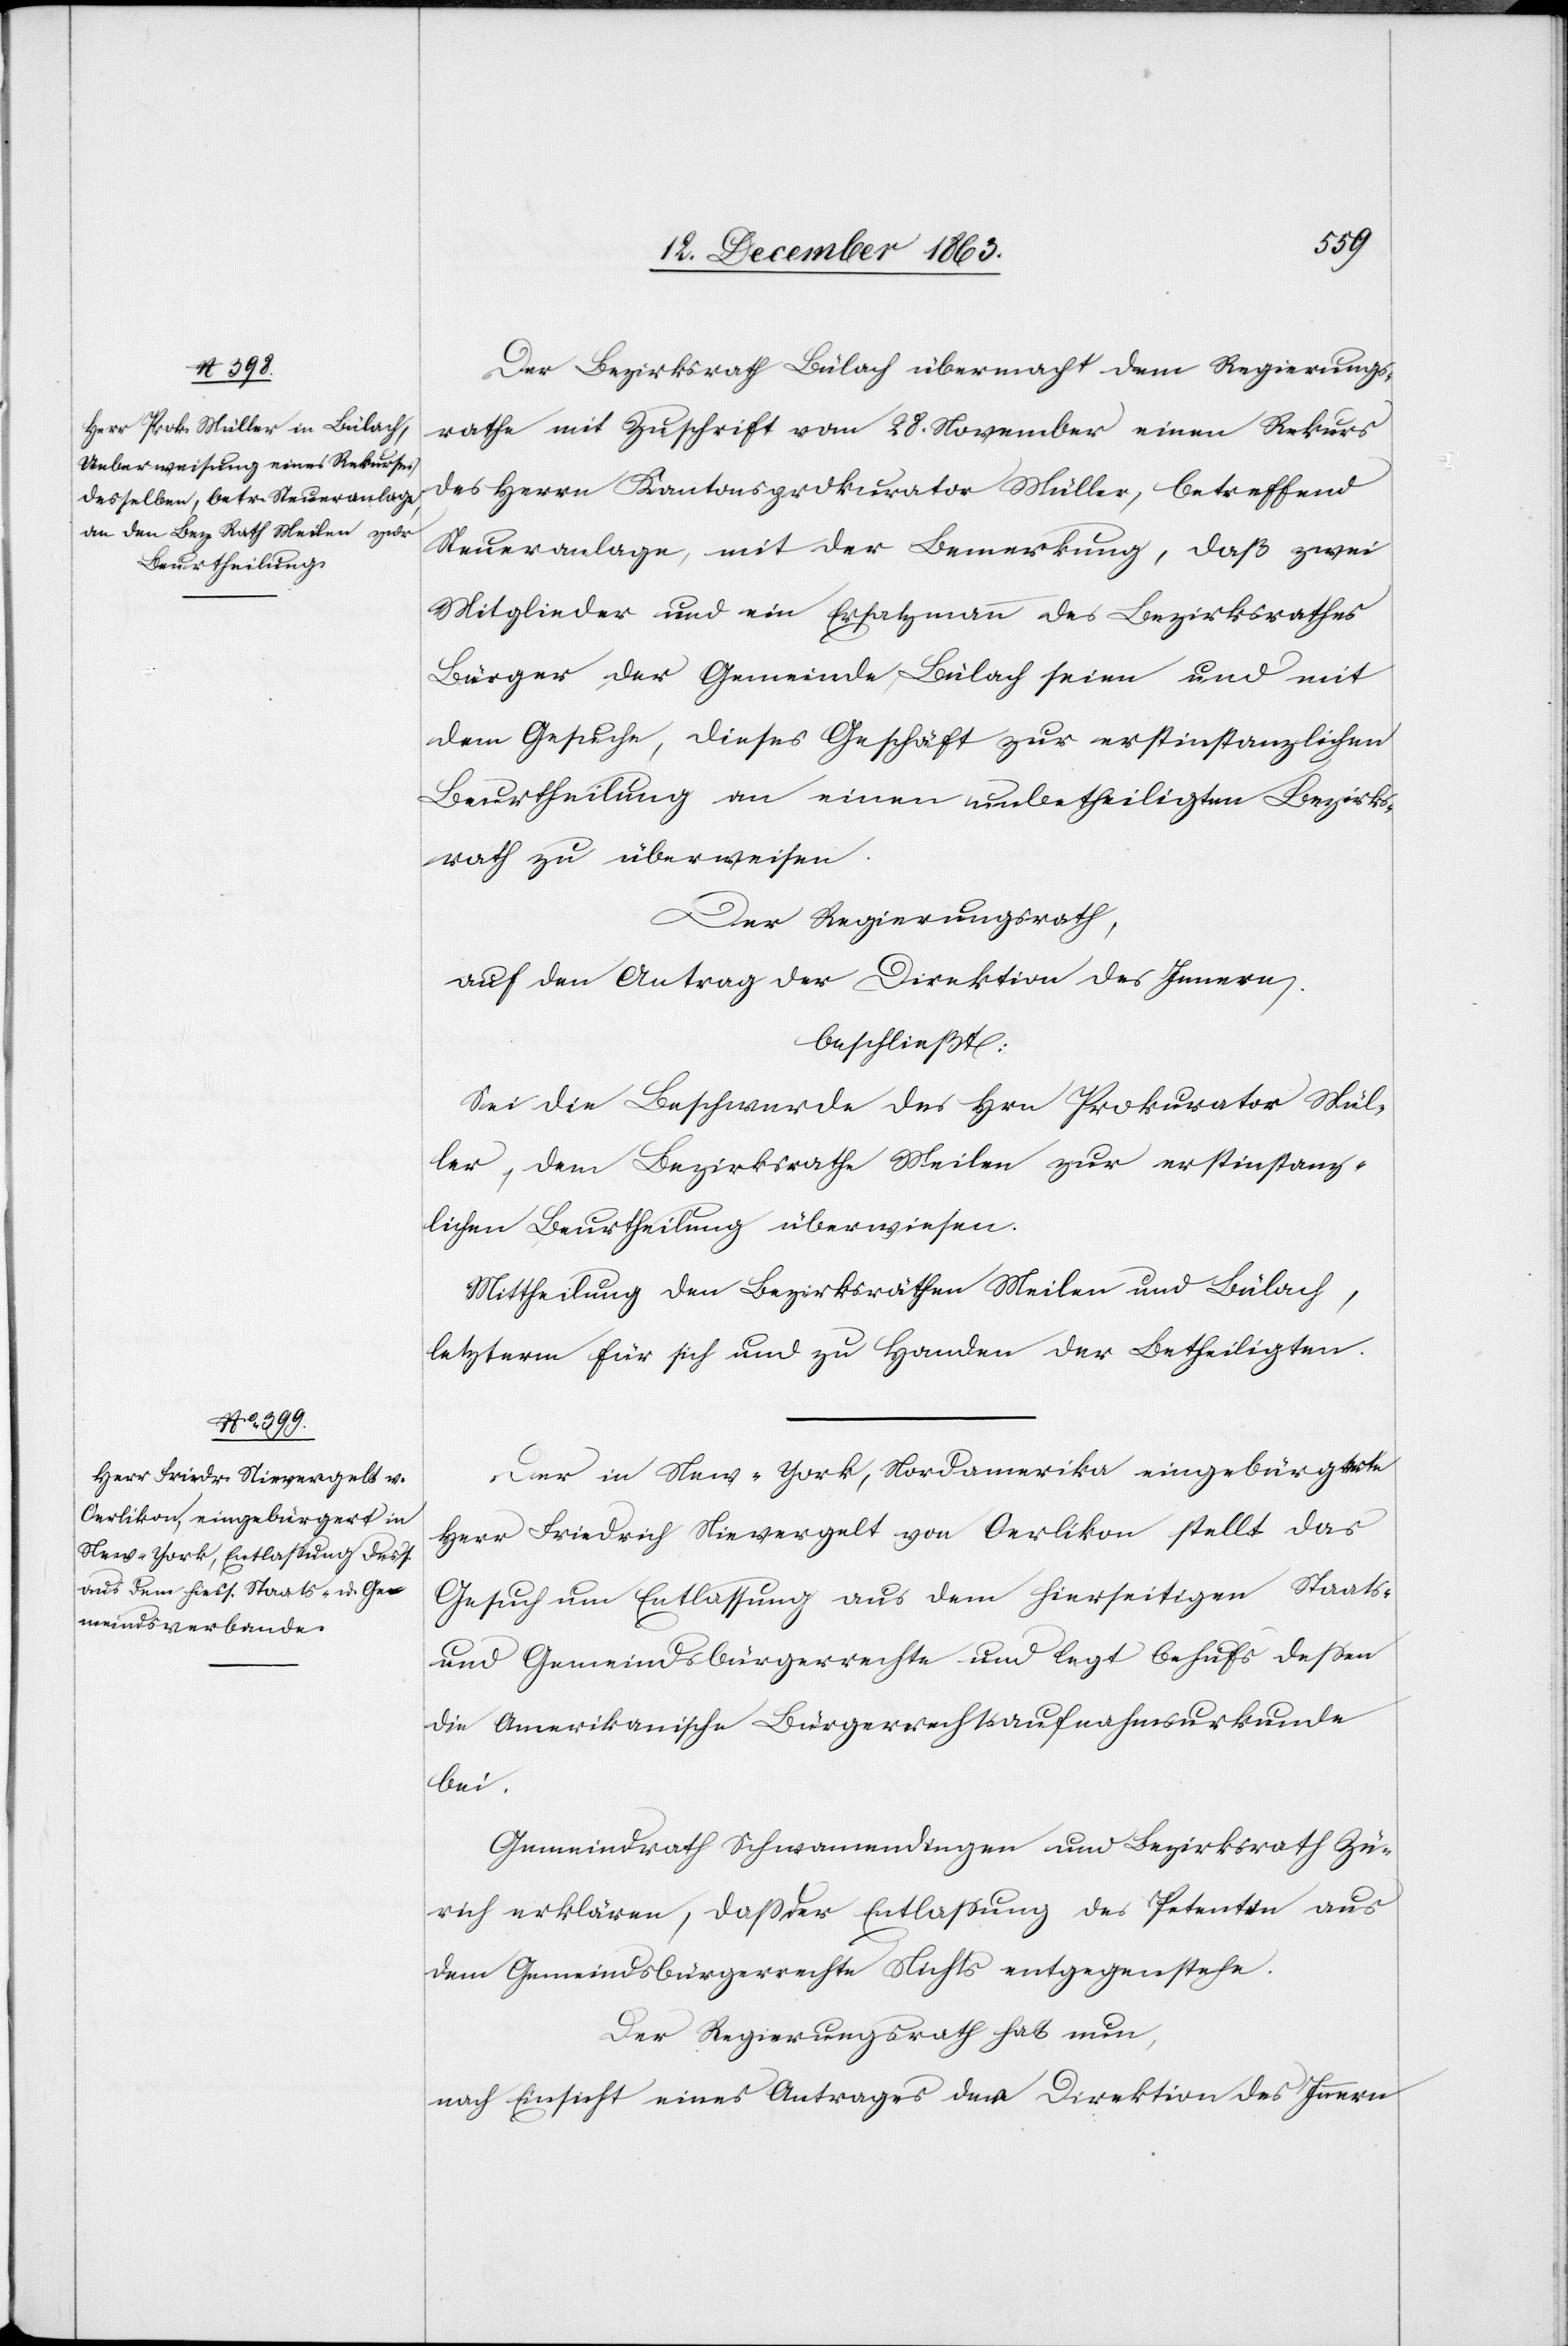
Der Bezirksrath Bülach übermacht dem Regierungs¬
rathe mit Zuschrift vom 28. November einen Rekurs
des Herrn Kantonsprokurator Müller, betreffend
Steueranlage, mit der Bemerkung, daß zwei
Mitglieder und ein Ersatzmann des Bezirksrathes
Bürger der Gemeinde Bülach seien und mit
dem Gesuche, dieses Geschäft zur erstinstanzlichen
Beurtheilung an einen unbetheiligten Bezirks¬
rath zu überweisen.
Der Regierungsrath,
auf den Antrag der Direktion des Innern
beschließt:
Sei die Beschwerde des Hrn Prokurator Mül¬
ler, dem Bezirksrathe Meilen zur erstinstanz¬
lichen Beurtheilung überwiesen.
Mittheilung den Bezirksräthen Meilen und Bülach,
letzterm für sich und zu Handen der Betheiligten.
Der in New-York, Nordamerika eingebürgerte
Herr Friedrich Nievergelt von Oerlikon stellt das
Gesuch um Entlassung aus dem hierseitigen Staats-
und Gemeindsbürgerrechte und legt behufs dessen
die Amerikanische Bürgerrechtsaufnahmsurkunde
bei.
Gemeindrath Schwamendingen und Bezirksrath Zü¬
rich erklären, dass der Entlassung des Petenten aus
dem Gemeindsbürgerrechte Nichts entgegenstehe.
Der Regierungsrath hat nun,
nach Einsicht eines Antrages der Direktion des Innern